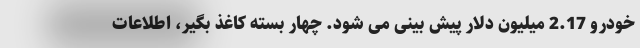
خودرو 2.17 میلیون دلار پیش بینی می شود. چهار بسته کاغذ بگیر، اطلاعات